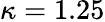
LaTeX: \kappa=1.25